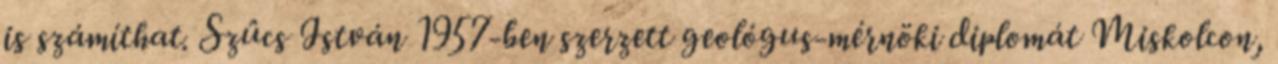
is számíthat. Szûcs István 1957-ben szerzett geológus-mérnöki diplomát Miskolcon,